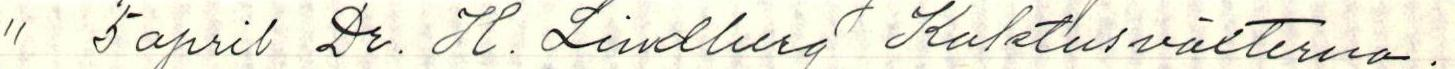
" 5 april Dr. H. Lindberg Kaktusvätterna.